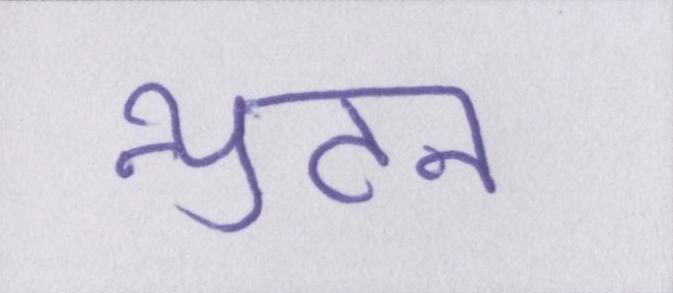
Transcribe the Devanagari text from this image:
न्युटन